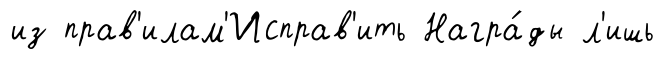
из прав'илам'Исправ'ить Награ́ды л'ишь